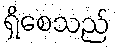
ရှိစေသည်